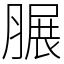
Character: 𦟌